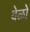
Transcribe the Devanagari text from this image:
वेळो